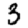
Digit: 3